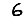
Digit: 6